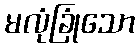
မလုံခြုံသော